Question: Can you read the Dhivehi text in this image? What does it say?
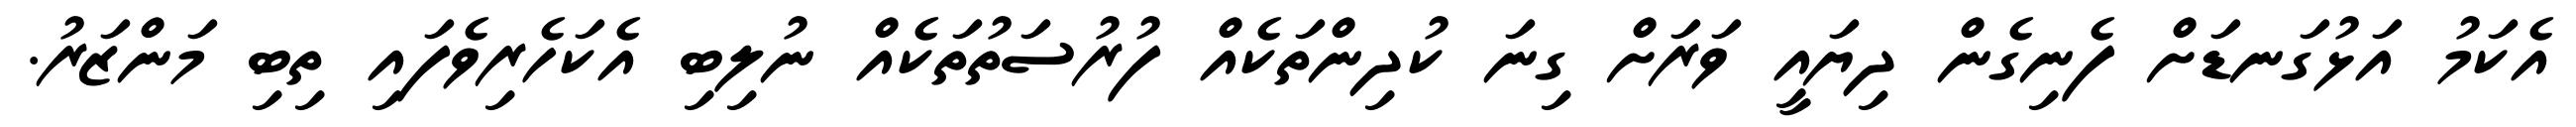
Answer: އެކަމު އަޅުގަނޑަށް ފެނިގެން ދިޔައީ ވަރަށް ގިނަ ކުދިންތަކެއް ފުރުސަތުތަކެއް ނުލިބި އެކަހެރިވެފައި ތިބި މަންޒަރު.